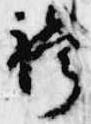
袴